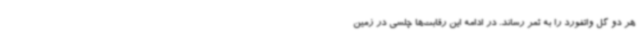
هر دو گل واتفورد را به ثمر رساند. در ادامه این رقابت‌ها چلسی در زمین